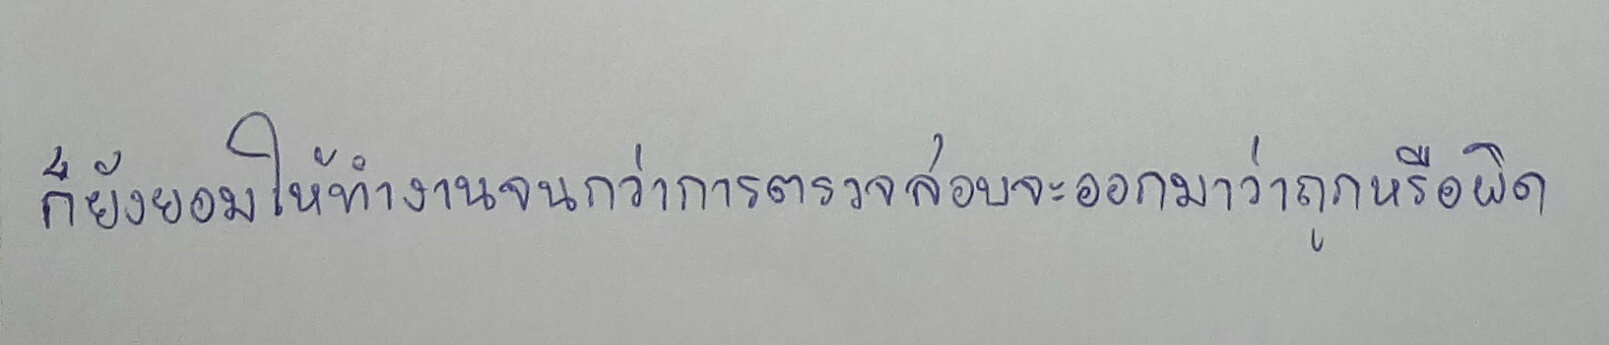
ก็ยังยอมให้ทำงานจนกว่าการตรวจสอบจะออกมาว่าถูกหรือผิด